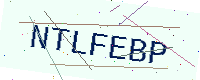
Text: NTLFEBP